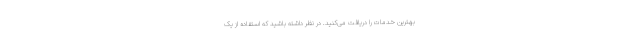
بهترین خدمات را دریافت می‌کنید. در نظر داشته باشید که استفاده از یک